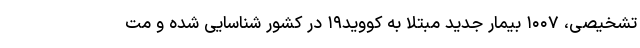
تشخیصی، ۱۰۰۷ بیمار جدید مبتلا به کووید۱۹ در کشور شناسایی شده و مت